Civil Veterinary Dept. Bombay admin report 1932-41 - 1932-1941
Year: 1932
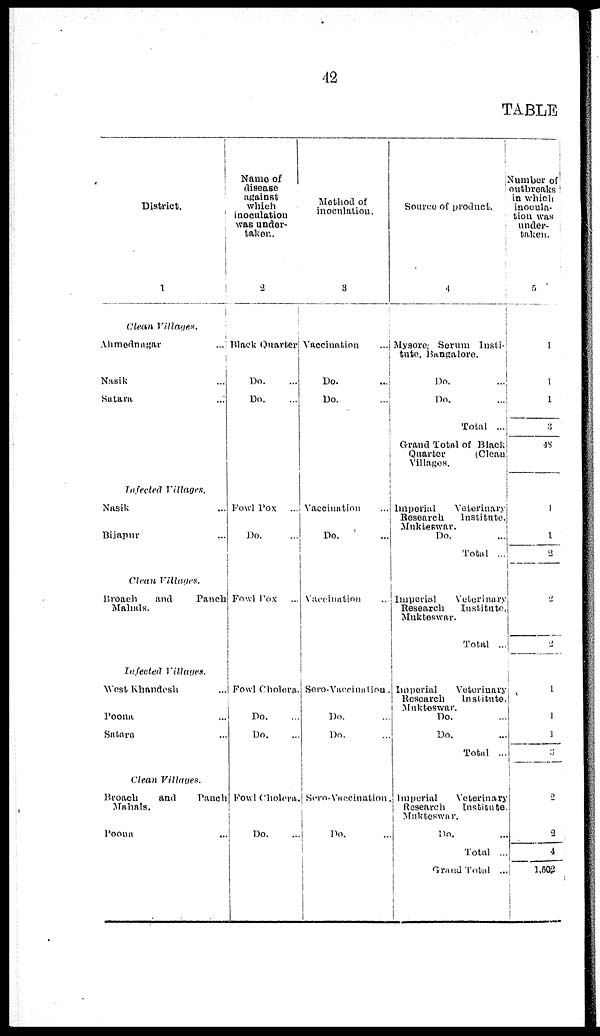
42
TABLE
District.
1
Clean Villages.
Ahmednagar
...
Nasik . ...
Satara
...
Infected Villages.
Nasik ...
Bijapur ...
Clean Villages.
Broach
and
Panch
Mahals.
Infected Villages.
West Khandesh ...
Poona ...
Satara ...
Clean Villages.
Broach
and
Panch
Mahals.
Poona ...
Name of
disease
against
which
inoculation
was under-
taken.
2
Blaack Quarter
Do. ...
Do. ...
Fowl Pox ...
Do. ...
Fowl Pox ...
Fowl Cholera.
Do. ...
Do. ...
Fowl Cholera.
Do. ...
Method of
inoculation.
3
Vaccination
...
Do. ...
Do. ...
Vaccination ...
Do. ...
Vaccination ...
Sero-Vaccination
Do. ...
Do. ...
Sero-Vaccination
Do. ...
Sourco of product.
4
Mysore; Serum Insti-
tute. Bangalore.
Do. ...
Do.
...
Total ...
Grand Total of Black
Quarter
(Clean
Villages.
Imperial
Veterinary
Research
Institute.
Mukteswar. Do. ...
Total ...
Imperial
Veterinary
Research
Institute,
Mukteswar.
Total ...
Imperial
Veterinary
Rescarch
Institute.
Mukteswar. Do. ...
Do. ...
Total ...
Imperial
Veterinary
Research
Institute.
Mukteswar.
Do. ...
Total ...
Grand Total ...
Number of
outbreaks
in which
inocula-
tion was
under-
taken
5
1
1
1
3
48
I
1
2
2
2
1
1
1
3
2
2
4
1,502